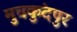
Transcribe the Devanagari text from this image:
मुचकुंदपुर